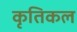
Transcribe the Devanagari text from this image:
कृतिकल